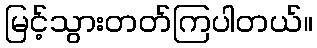
မြင့်သွားတတ်ကြပါတယ်။